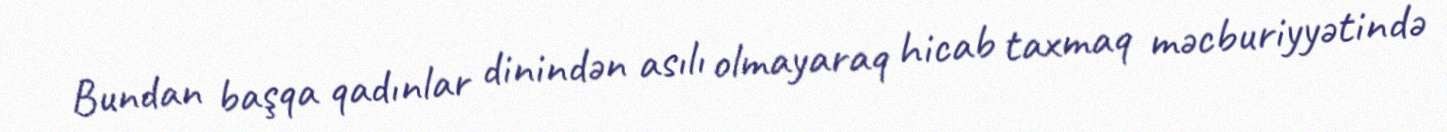
Bundan başqa qadınlar dinindən asılı olmayaraq hicab taxmaq məcburiyyətində